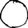
Digit: 0